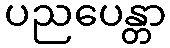
ပညပေန္တာ